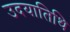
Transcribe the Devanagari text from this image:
उदयातिथि